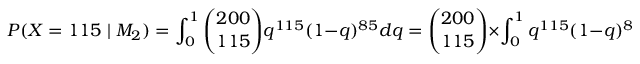
P ( X = 1 1 5 \mid M _ { 2 } ) = \int _ { 0 } ^ { 1 } { \binom { 2 0 0 } { 1 1 5 } } q ^ { 1 1 5 } ( 1 - q ) ^ { 8 5 } d q = { \binom { 2 0 0 } { 1 1 5 } } \times \int _ { 0 } ^ { 1 } q ^ { 1 1 5 } ( 1 - q ) ^ { 8 5 } d q = { \binom { 2 0 0 } { 1 1 5 } } \times